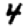
Digit: 4